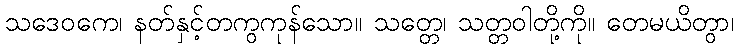
သဒေဝကေ၊ နတ်နှင့်တကွကုန်သော။ သတ္တေ၊ သတ္တဝါတို့ကို။ တေမယိတွာ၊